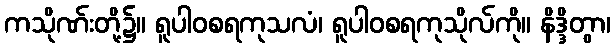
ကသိုဏ်းတို့၌။ ရူပါဝစရကုသလံ၊ ရူပါဝစရကုသိုလ်ကို။ နိဒ္ဒိတွာ၊